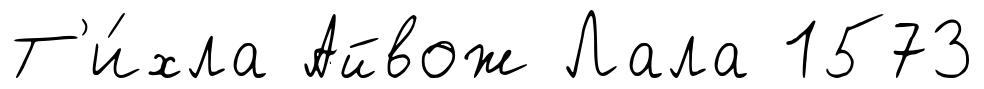
Т'и́хла Айвож Лала 1573